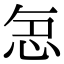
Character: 𭜤